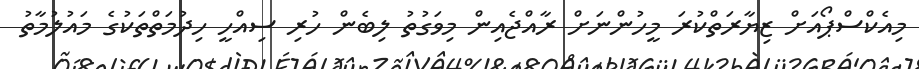
މިއެކްސްޕޯއަށް ޒިޔާރަތްކުރަ މީހުންނަށް ރާއްޖެއިން މިވަގުތު ލިބެން ހުރި ސިއްހީ ހިދުމަތްތަކުގެ މައުލުމާތު